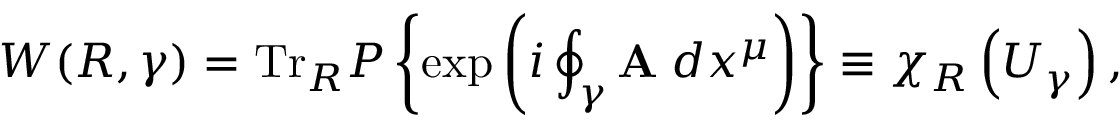
W ( R , \gamma ) = \mathrm { T r } _ { R } { \cal P } \left\{ \exp \left( i \oint _ { \gamma } { { \bf A _ { \mu } } d x ^ { \mu } } \right) \right\} \equiv \chi _ { R } \left( U _ { \gamma } \right) ,